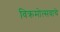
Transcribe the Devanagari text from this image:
विक्रमोत्सवाचे